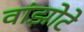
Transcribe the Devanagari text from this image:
वांझोटे